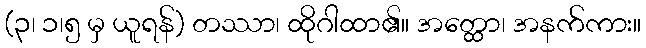
(၃၊ ၁၊၅ မှ ယူရန်) တဿာ၊ ထိုဂါထာ၏။ အတ္ထော၊ အနက်ကား။